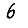
Digit: 6